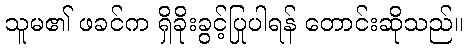
သူမ၏ ဖခင်က ရှိခိုးခွင့်ပြုပါရန် တောင်းဆိုသည်။